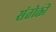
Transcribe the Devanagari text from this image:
संतोक्ती